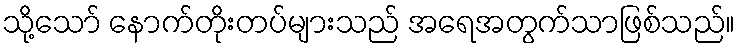
သို့သော် နောက်တိုးတပ်များသည် အရေအတွက်သာဖြစ်သည်။